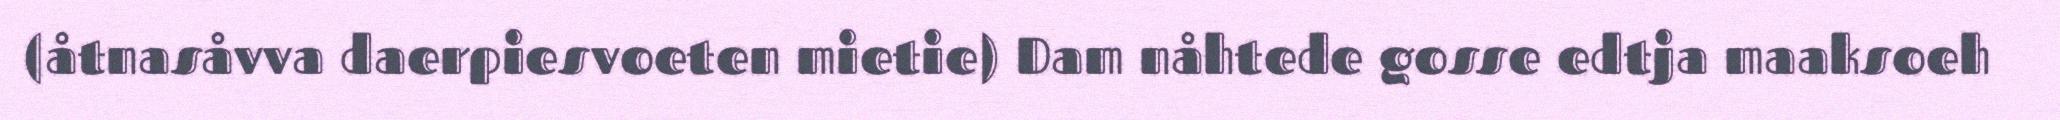
(åtnasåvva daerpiesvoeten mietie) Dam nåhtede gosse edtja maaksoeh